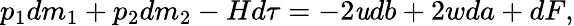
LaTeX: p_{1}dm_{1}+p_{2}dm_{2}-Hd\tau=-2\mathit{u}db+2wda+dF,